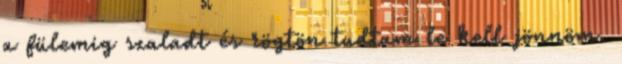
a fülemig szaladt és rögtön tudtam le kell jönnöm.